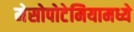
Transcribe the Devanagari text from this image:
मेसोपोटेमियामध्ये